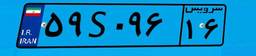
۹۹S۸۷۰۷۲